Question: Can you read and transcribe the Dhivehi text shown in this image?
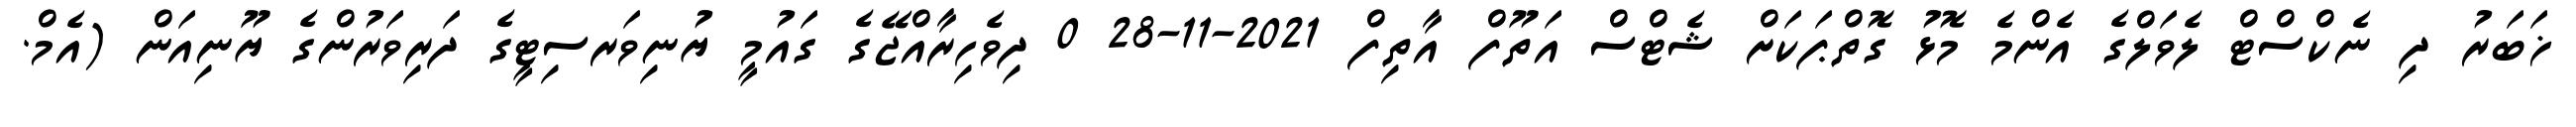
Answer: ޚަބަރު ދި ނެކްސްޓް ލެވަލްގެ އެންމެ މޮޅު ގޮތްޕަކަށް ޝެޓްސް އަތޫފް އާތިފް 2021-11-28 0 ދިވެހިރާއްޖޭގެ ގައުމީ ޔުނިވަރސިޓީގެ ދަރިވަރުންގެ ޔޫނިއަން (އެމް.